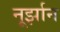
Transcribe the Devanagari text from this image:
नूर्झान